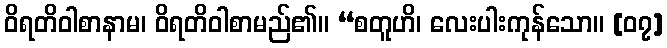
ဝိရတိဝါစာနာမ၊ ဝိရတိဝါစာမည်၏။ “စတူဟိ၊ လေးပါးကုန်သော။ [၀၇]